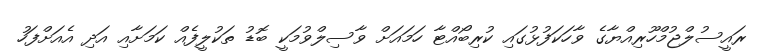
ރައީސުލްޖުމްހޫރިއްޔާގެ ވާހަކަފުޅުގައި ކުރިބޯއްޓާ ހަމައަށް ވާސިލްވުމަކީ ބޮޑު ތަކުލީފެއް ކަމަށާއި އަދި އެއަށްފަހު